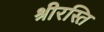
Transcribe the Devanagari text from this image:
श्रीरस्ति